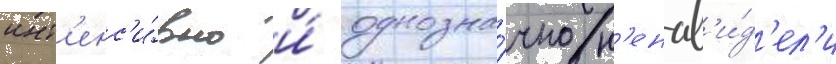
инт'енс'и́вно и́ однозна́чно н'енав'и́д'ел'и